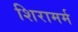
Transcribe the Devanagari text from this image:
शिरामर्म